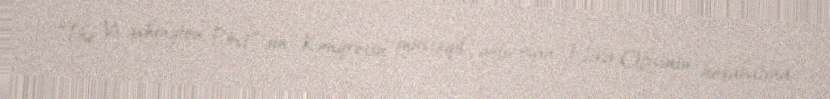
“The Washington Post”-un Konqresin müstəqil qolu olan Etika Ofisinin hesabatına